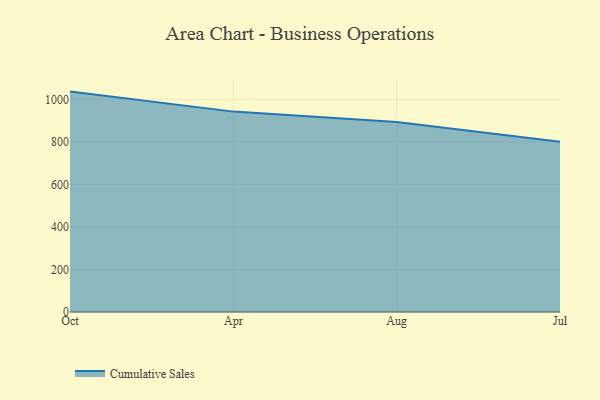
{"axis": {"x": "Month", "y": "Page Views"}, "legend": ["Cumulative Sales"], "data": [{"x": "Oct", "y": 1036.2, "type": "Cumulative Sales"}, {"x": "Apr", "y": 942.1, "type": "Cumulative Sales"}, {"x": "Aug", "y": 893.5, "type": "Cumulative Sales"}, {"x": "Jul", "y": 800, "type": "Cumulative Sales"}]}